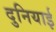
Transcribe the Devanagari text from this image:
दुनियाई